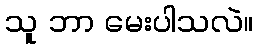
သူ ဘာ မေးပါသလဲ။